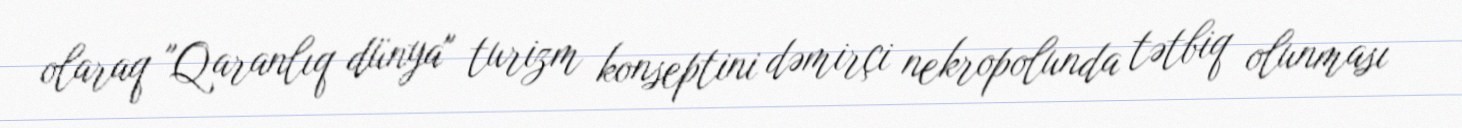
olaraq "Qaranlıq dünya" turizm konseptini dəmirçi nekropolunda tətbiq olunması